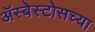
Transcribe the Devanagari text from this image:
ॲस्बेस्टोसच्या